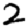
Digit: 2